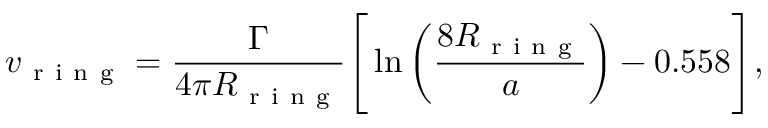
v _ { \mathrm { ~ r ~ i ~ n ~ g ~ } } = \frac { \Gamma } { 4 \pi R _ { \mathrm { ~ r ~ i ~ n ~ g ~ } } } \Bigg [ \ln \bigg ( \frac { 8 R _ { \mathrm { ~ r ~ i ~ n ~ g ~ } } } { a } \bigg ) - 0 . 5 5 8 \Bigg ] ,